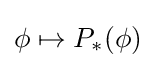
\phi \mapsto P_{*}(\phi )